Leaving Certificate Examination, 1918
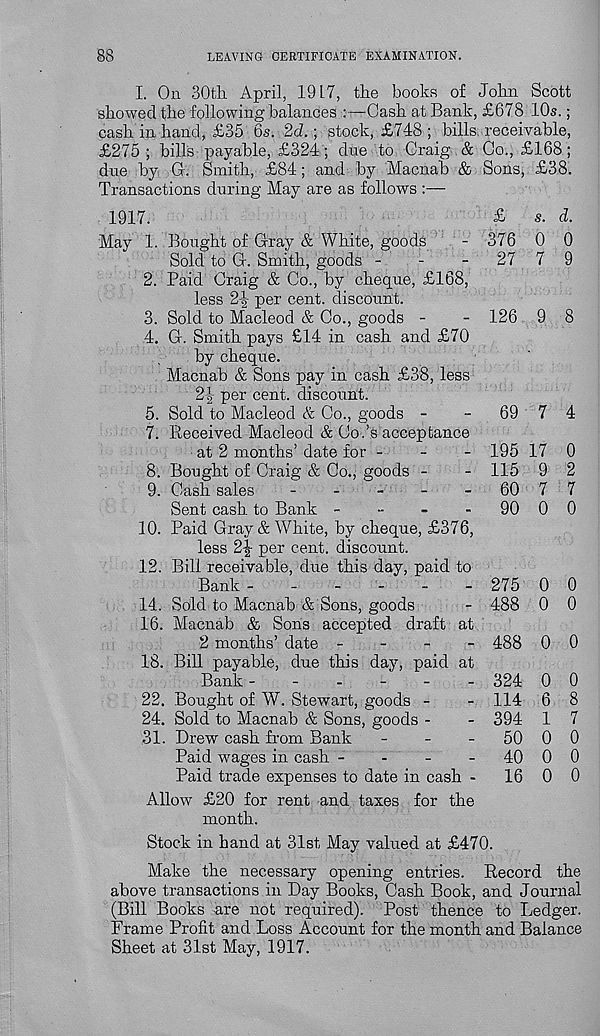
LEAVING CERTIFICATE EXAMINATION.
I. On 30th April, 1917, the books of John Scott
showed the following balances :—Cash at Bank, £678 10s.;
cash in hand, £35 6s. 2d.; stock, £748 ; bills, receivable,
£275 ; bills payable, £324; due to Craig .& Co., £168;
due by G. Smith, £84; and by Macnab & Sons, £38.
Transactions during May are as follows :—
1917.
May 1. Bought of Gray & White, goods
Sold to G. Smith, goods -
. -
2. Paid Craig & Co., by cheque, £168,
less 2-|- per cent, discount.
3. Sold to Macleod & Co., goods -
4. G. Smith pays £14 in cash and £70
by cheque.
Macnab & Sons pay in cash £38, less
2f per cent, discount.
5. Sold to Macleod & Co., goods -
7. Received Macleod & Co.’s acceptance
at 2 months’ date for -
-
-
8. Bought of Craig & Co., goods -
9. Cash sales
-
-
-
-
-
Sent cash, to Bank -
-
-
-
10. Paid Gray & White, by cheque, £376,
less 2% per cent, discount.
12. Bill receivable, due this day, paid to
Bank ------
14. Sold to Macnab & Sons, goods
16. Macnab & Sons accepted draft at
2 months’ date -
-
-
-
18. Bill payable, due this day, paid at
Bank ------
22. Bought of W. Stewart, goods -
24. Sold to Macnab & Sons, goods -
31. Drew cash from Bank
-
-
-
Paid wages in cash -
-
-
-
Paid trade expenses to date in cash -
£
s. d.
376 0 0
27 7 9
126 9 8
69 7 4
195 17 0
115 9 2
60 7 7
90 0 0
275 0 0
488 0 0
488 0 0
324 0 0
114 6 8
394 1 7
50 0 0
40 0 0
16 0 0
Allow £20 for rent and taxes for the
month.
Stock in hand at 31st May valued at £470.
Make the necessary opening entries. Record the
above transactions in Day Books, Cash Book, and Journal
(Bill Books are not required). Post thence to Ledger.
Frame Profit and Loss Account for the month and Balance
Sheet at 31st May, 1917.